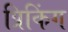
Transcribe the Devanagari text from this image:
प्रिकिंग